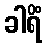
ခါရိံ